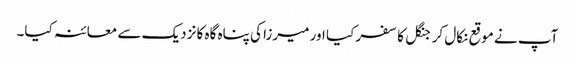
آپ نے موقع نکال کر جنگل کا سفر کیا اور میرزا کی پناہ گاہ کا نزدیک سے معائنہ کیا۔